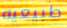
طبيعيه